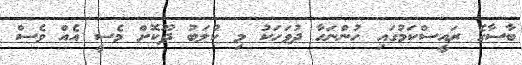
ބާސާގެ ރައީސްކަމުގައި ހުންނަހާ ދުވަހަކު މި ކުލަބު ދޫކޮށް މެސީ އެއް ވެސް